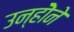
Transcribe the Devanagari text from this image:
उन्होॆने